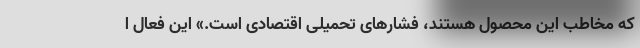
که مخاطب این محصول هستند، فشارهای تحمیلی اقتصادی است.» این فعال ا